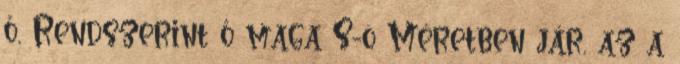
ő, Rendszerint ő maga S-ö Méretben jár, az a